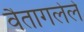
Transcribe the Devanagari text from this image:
वैतागलेले